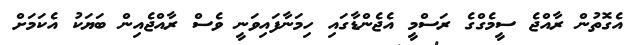
އެގޮތުން ރާއްޖެ ސީމެގްގެ ރަސްމީ އެޖެންޑާގައި ހިމަނާފައިވަނީ ވެސް ރާއްޖެއިން ބަޔަކު އެކަމަށް